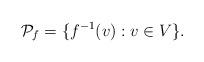
LaTeX: \begin{align*}\mathcal{P}_f = \{ f^{-1}(v) : v \in V \}.\end{align*}